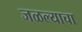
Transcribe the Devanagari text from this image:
जळल्याचा